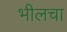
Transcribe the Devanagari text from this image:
भीलचा